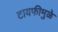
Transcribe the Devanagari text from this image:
टायफीमुळे